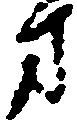
方